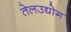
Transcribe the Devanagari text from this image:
तेलउद्योग